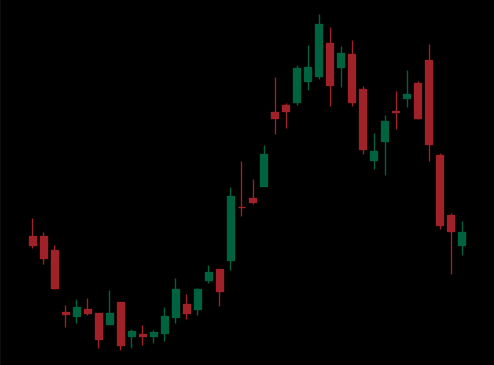
Pattern: unclassified